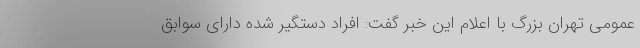
عمومی تهران بزرگ با اعلام این خبر گفت: افراد دستگیر شده دارای سوابق